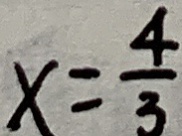
x = \frac { 4 } { 3 }